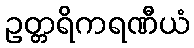
ဥတ္တရိကရဏီယံ